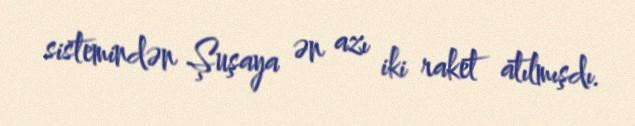
sistemindən Şuşaya ən azı iki raket atılmışdı.